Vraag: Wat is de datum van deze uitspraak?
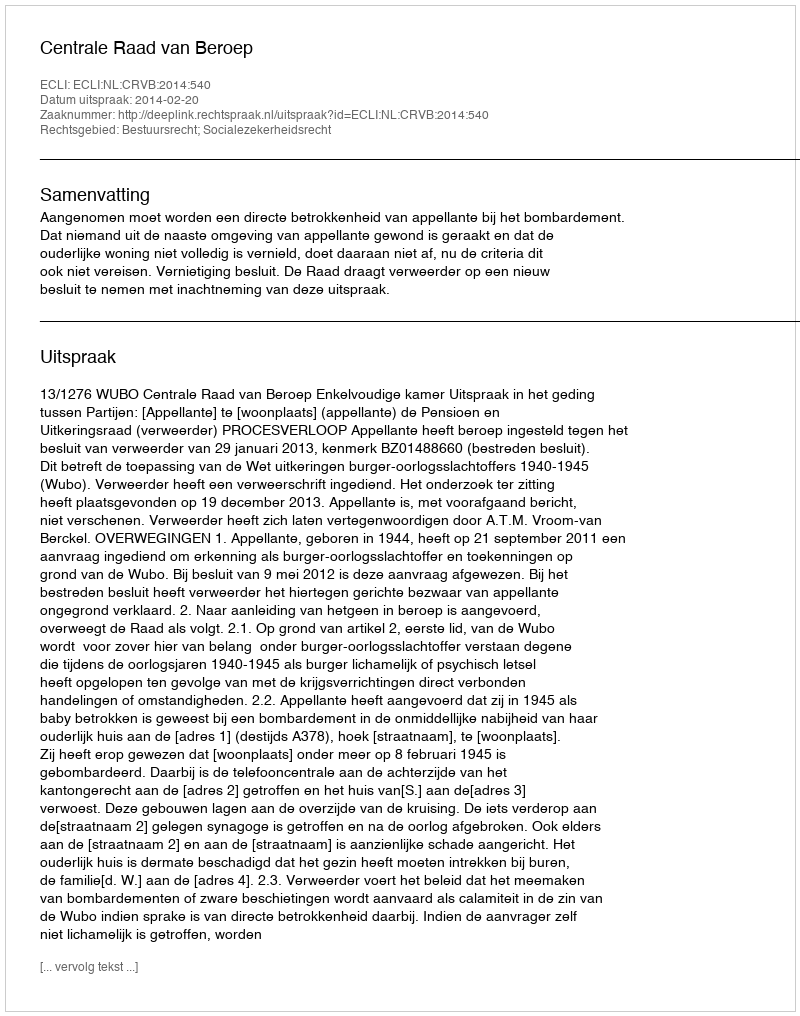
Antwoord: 2014-02-20